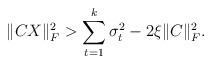
LaTeX: \begin{align*}\|C X \|_F^2> \sum_{t=1}^{k}\sigma^2_{t} - 2\xi \|C\|^2_F.\end{align*}